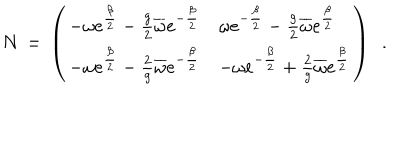
N \, = \, \left( \begin{array} { l l } { { - \omega e ^ { \frac { \beta } { 2 } } - \frac { g } { 2 } \overline { { \omega } } e ^ { - \frac { \beta } { 2 } } } } & { { \omega e ^ { - \frac { \beta } { 2 } } - \frac { g } { 2 } \overline { { \omega } } e ^ { \frac { \beta } { 2 } } } } \\ { { - \omega e ^ { \frac { \beta } { 2 } } - \frac { 2 } { g } \overline { { \omega } } e ^ { - \frac { \beta } { 2 } } } } & { { - \omega e ^ { - \frac { \beta } { 2 } } + \frac { 2 } { g } \overline { { \omega } } e ^ { \frac { \beta } { 2 } } } } \\ \end{array} \right) \, \, \, .